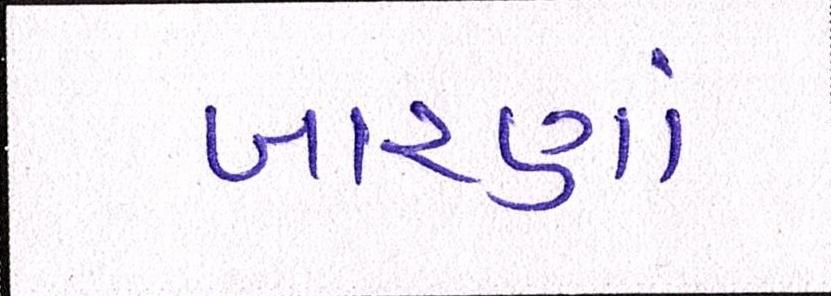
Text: બારણાં